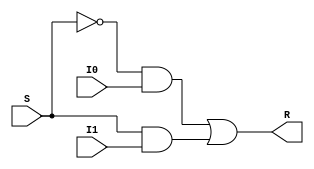
module mux_2x1 (R, S, I0, I1);
input S, I0, I1;
output R;
wire A0, A1, NT;

not not0(NT, S);
and and0(A0, NT, I0);
and and1(A1, S, I1);
or or0(R, A0, A1);
endmodule